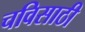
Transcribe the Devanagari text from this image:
चविसाठी